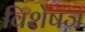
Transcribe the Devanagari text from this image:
विशेषञ